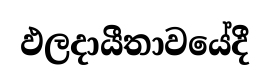
ඵලදායීතාවයේදී